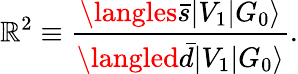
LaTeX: \mathbb{R}^{2}\equiv\frac{{\langles\bar{{s}}|V_{1}|G_{0}\rangle}}{{\langled\bar{{d}}|V_{1}|G_{0}\rangle}}.